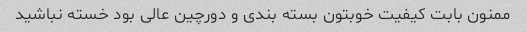
ممنون بابت کیفیت خوبتون بسته بندی و دورچین عالی بود خسته نباشید